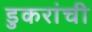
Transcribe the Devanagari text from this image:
डुकरांची